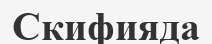
Скифияда